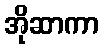
အိုဆာကာ